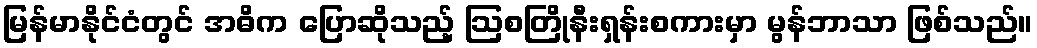
မြန်မာနိုင်ငံတွင် အဓိက ပြောဆိုသည့် ဩစတြိုနီးရှန်းစကားမှာ မွန်ဘာသာ ဖြစ်သည်။